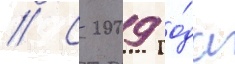
// С 2009 го́да